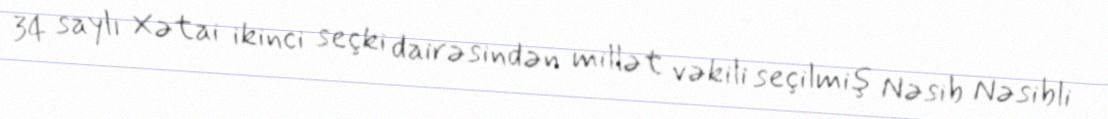
34 saylı Xətai ikinci seçki dairəsindən millət vəkili seçilmiş Nəsib Nəsibli